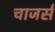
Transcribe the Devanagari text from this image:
चाजर्स